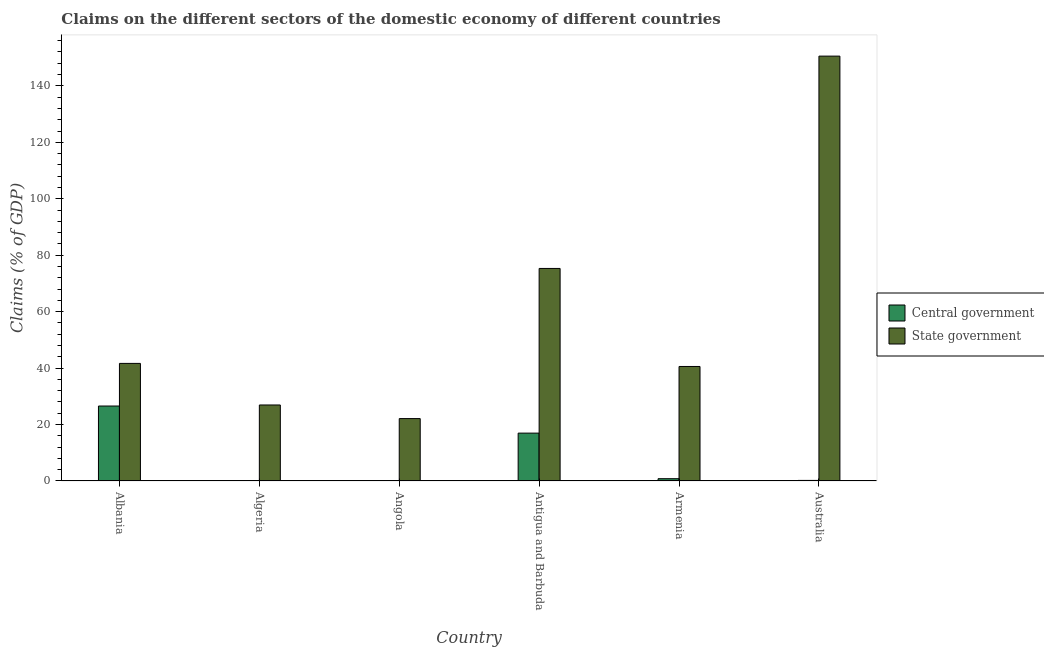
| Country | Central government | State government |
 | --- | --- | --- |
 | Albania | 26.6 | 41.7 |
 | Algeria | -29 | 26.9 |
 | Angola | -7.87 | 22.1 |
 | Antigua and Barbuda | 17 | 75.3 |
 | Armenia | 0.814 | 40.6 |
 | Australia | 0.203 | 151 |